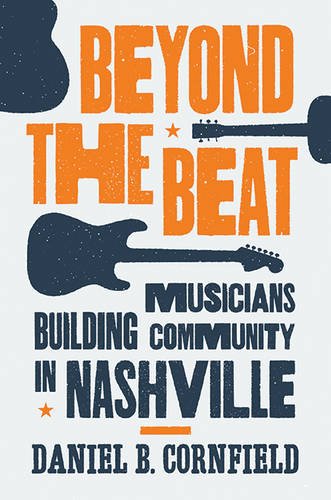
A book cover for Beyond the Beat: Musicians Building Community in Nashville; Daniel B. Cornfield; Arts & Photography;